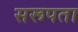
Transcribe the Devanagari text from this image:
सरूपता